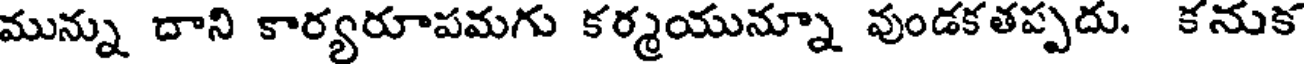
మున్ను దాని కార్యరూపమగు కర్మయున్నూ వుండకతప్పదు. కనుక